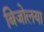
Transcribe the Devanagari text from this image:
बिजोलया